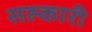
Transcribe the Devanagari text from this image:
सह्कारी